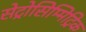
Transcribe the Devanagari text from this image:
सेट्रोसिम्मिट्रिक